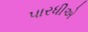
પારધીએ